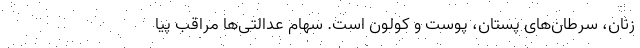
زنان، سرطان‌های پستان، پوست و کولون است. سهام عدالتی‌ها مراقب پیا